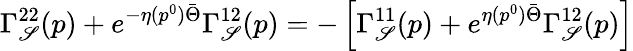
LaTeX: \Gamma_{\mathscr{S}}^{22}(p)+e^{-\eta(p^{0})\bar{{\Theta}}}\Gamma_{\mathscr{S}}^{12}(p)=-\left[\Gamma_{\mathscr{S}}^{11}(p)+e^{\eta(p^{0})\bar{{\Theta}}}\Gamma_{\mathscr{S}}^{12}(p)\right]